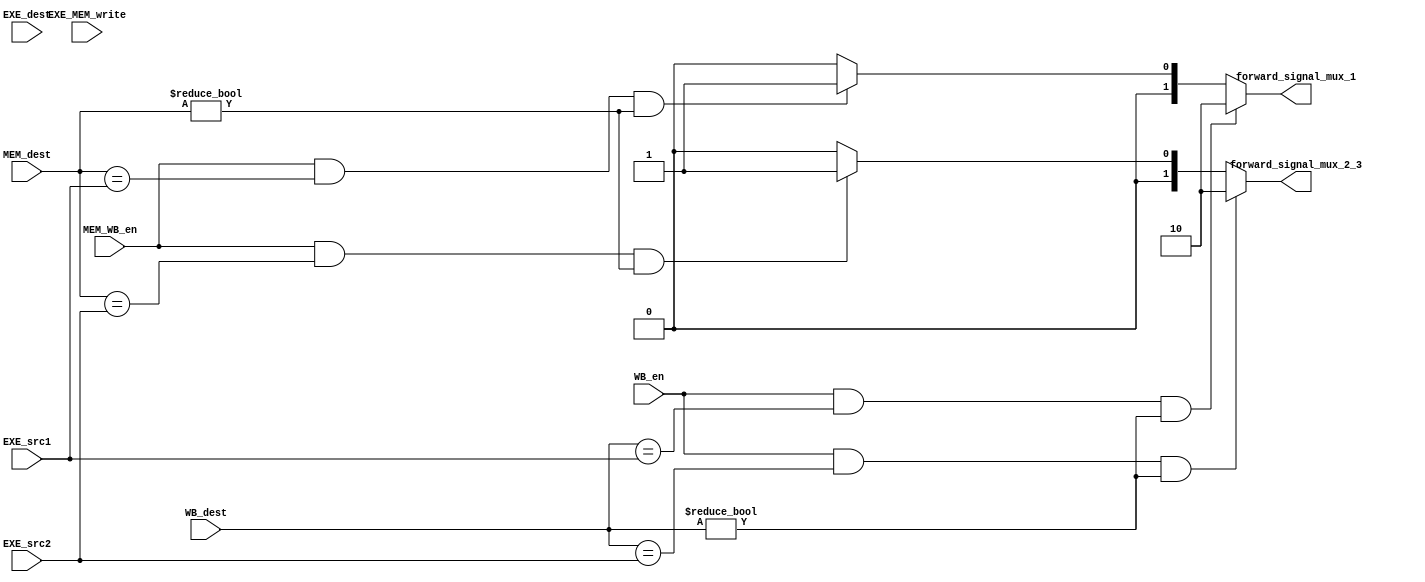
module forwarding_unit(input[4:0] EXE_src1, EXE_src2, EXE_dest, WB_dest, MEM_dest, input EXE_MEM_write, WB_en, MEM_WB_en, output reg[1:0] forward_signal_mux_1, forward_signal_mux_2_3);
  always@(*)begin
    forward_signal_mux_1 = 0;
    forward_signal_mux_2_3 = 0;
    if(MEM_WB_en && MEM_dest==EXE_src1 && MEM_dest!=0)begin
      forward_signal_mux_1 = 1;
    end
    if(MEM_WB_en && MEM_dest==EXE_src2 && MEM_dest!=0)begin
      forward_signal_mux_2_3 = 1;
    end
    if(WB_en && WB_dest==EXE_src1 && WB_dest!=0)begin
      forward_signal_mux_1 = 2;
    end
    if(WB_en && WB_dest==EXE_src2 && WB_dest!=0)begin
      forward_signal_mux_2_3 = 2;
    end
    
  end
  
endmodule